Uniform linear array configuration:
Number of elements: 32
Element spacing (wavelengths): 0.75
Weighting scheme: binomial
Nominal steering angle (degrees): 60
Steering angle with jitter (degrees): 61.882
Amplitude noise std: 0.05
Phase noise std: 0.05

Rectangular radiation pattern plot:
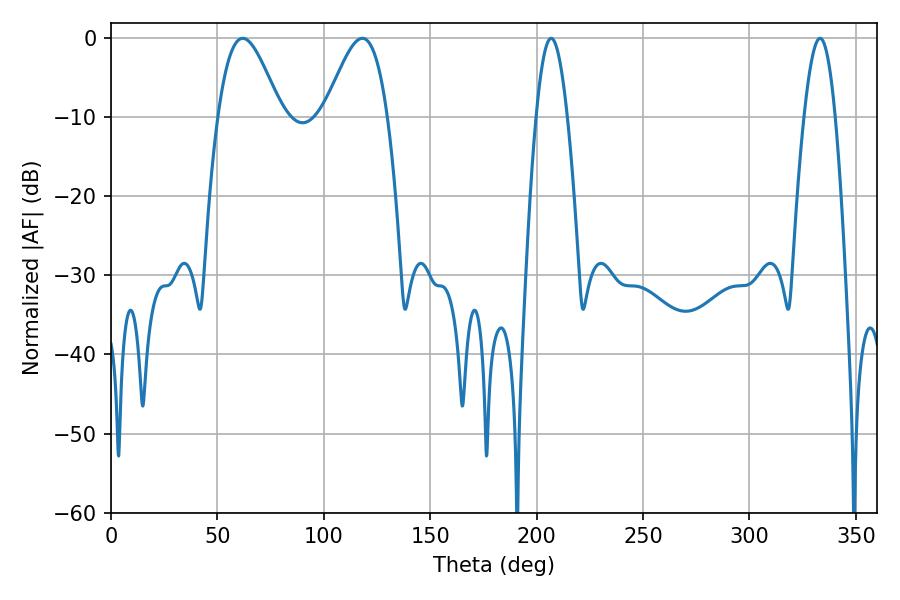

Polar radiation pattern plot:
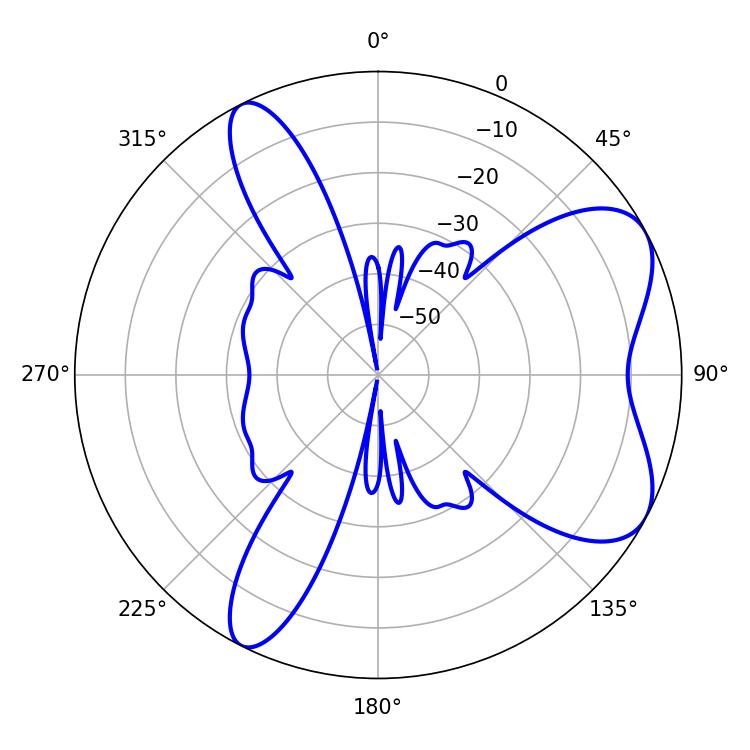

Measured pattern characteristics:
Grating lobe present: TRUE
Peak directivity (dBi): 6.697
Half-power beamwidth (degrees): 7.92
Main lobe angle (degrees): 206.82